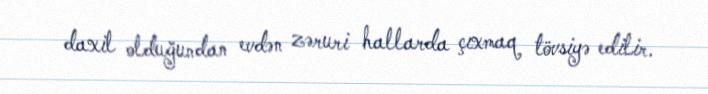
daxil olduğundan evdən zəruri hallarda çıxmaq tövsiyə edilir.